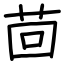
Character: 茴